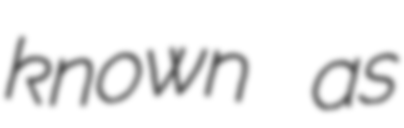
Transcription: known as